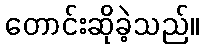
တောင်းဆိုခဲ့သည်။